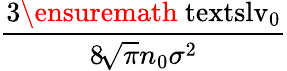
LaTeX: \displaystyle\frac{3\ensuremath{\mathrm{\ textsl{v}}_{0}}}{8\! \sqrt{\pi}n_{0}\sigma^{2}}